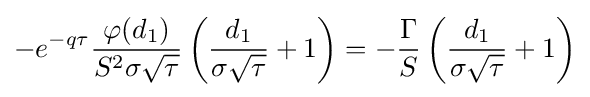
-e^{-q\tau }{\frac {\varphi (d_{1})}{S^{2}\sigma {\sqrt {\tau }}}}\left({\frac {d_{1}}{\sigma {\sqrt {\tau }}}}+1\right)=-{\frac {\Gamma }{S}}\left({\frac {d_{1}}{\sigma {\sqrt {\tau }}}}+1\right)